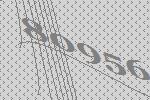
80956